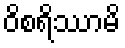
ဝိစရိဿာမိ